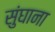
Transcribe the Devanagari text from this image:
सुंघाना